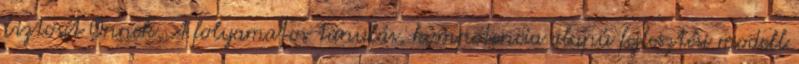
biztosít Önnek. A folyamatos tanulás, kompetencia alapú fejlesztési modell